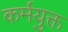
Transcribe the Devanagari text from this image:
कर्मयुक्त